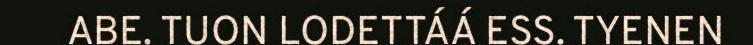
ABE. TUON LODETTÁÁ ESS. TYENEN